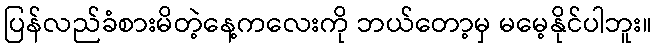
ပြန်လည်ခံစားမိတဲ့နေ့ကလေးကို ဘယ်တော့မှ မမေ့နိုင်ပါဘူး။